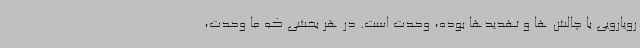
رویارویی با چالش ها و تهدیدها بوده، وحدت است. در هر بخشی که ما وحدت،